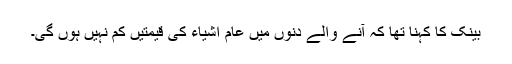
بینک کا کہنا تھا کہ آنے والے دنوں میں عام اشیاء کی قیمتیں کم نہیں ہوں گی۔